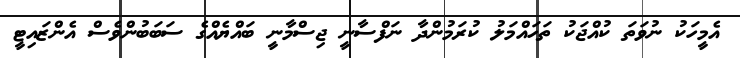
އެމީހަކު ނުވަތަ ކުއްޖަކު ތަހައްމަލު ކުރަމުންދާ ނަފްސާނީ ޖިސްމާނީ ބައްޔެއްގެ ސަބަބުންވެސް އެންޒައިޓީ